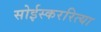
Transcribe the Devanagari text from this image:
सोईस्कररित्या